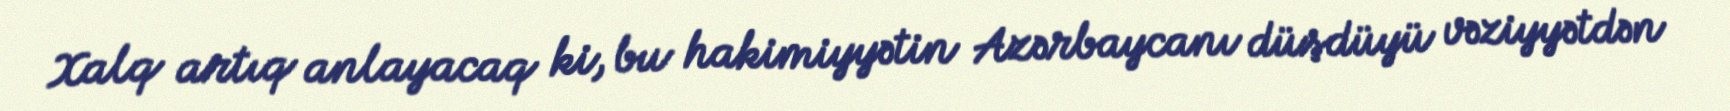
Xalq artıq anlayacaq ki, bu hakimiyyətin Azərbaycanı düşdüyü vəziyyətdən